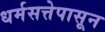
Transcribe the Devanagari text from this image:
धर्मसत्तेपासून